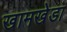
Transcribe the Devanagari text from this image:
खामखेडा